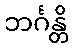
ဘင်္ဂန္တိ